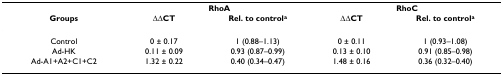
<table><thead><tr><td></td><td colspan="2"><b>RhoA</b></td><td colspan="2"><b>RhoC</b></td></tr><tr><td><b>Groups</b></td><td><b>ΔΔCT</b></td><td><b>Rel. to control<sup>a</sup></b></td><td><b>ΔΔCT</b></td><td><b>Rel. to control<sup>a</sup></b></td></tr></thead><tbody><tr><td>Control</td><td>0 ± 0.17</td><td>1 (0.88–1.13)</td><td>0 ± 0.11</td><td>1 (0.93–1.08)</td></tr><tr><td>Ad-HK</td><td>0.11 ± 0.09</td><td>0.93 (0.87–0.99)</td><td>0.13 ± 0.10</td><td>0.91 (0.85–0.98)</td></tr><tr><td>Ad-A1+A2+C1+C2</td><td>1.32 ± 0.22</td><td>0.40 (0.34–0.47)</td><td>1.48 ± 0.16</td><td>0.36 (0.32–0.40)</td></tr></tbody></table>